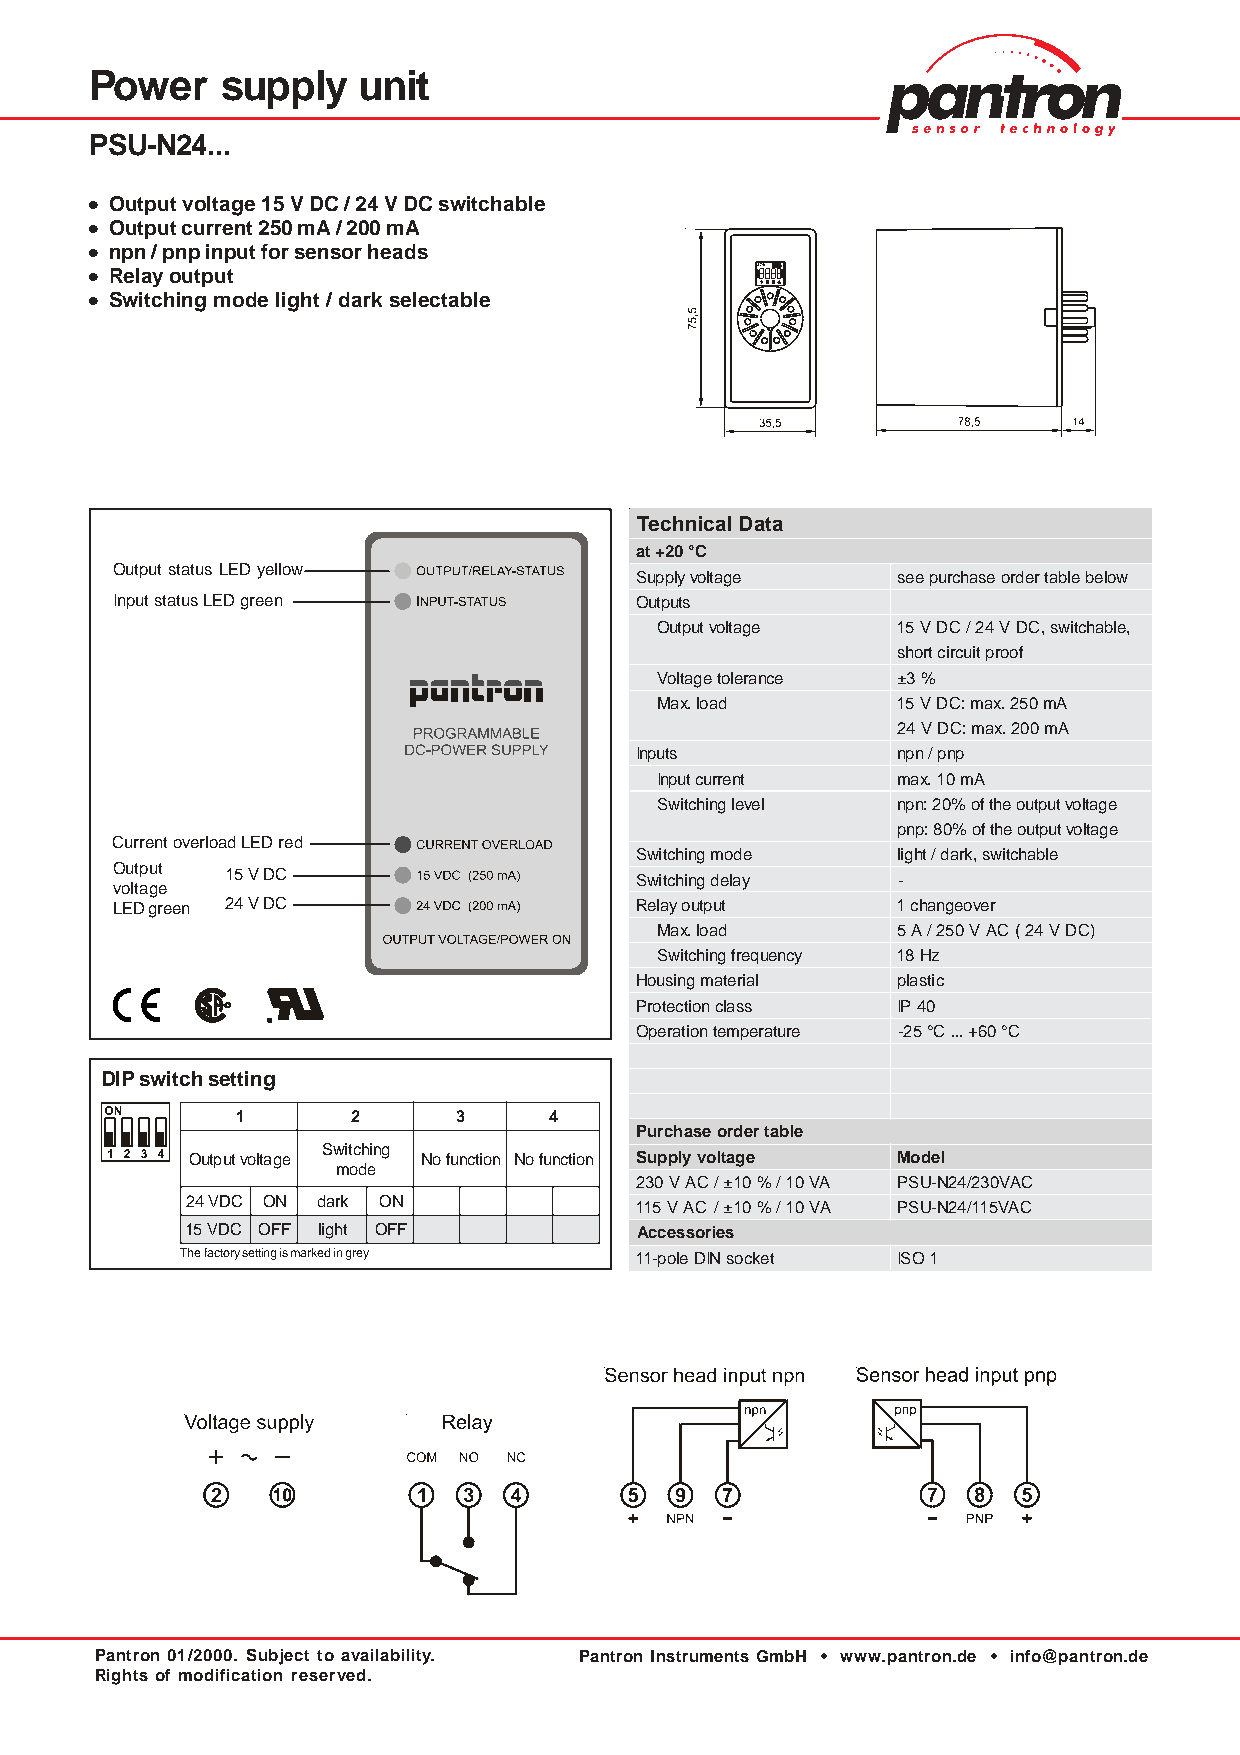
Power    supply   unit
 PSU-N24...
 ••••• Output voltage 15 V DC / 24 V DC switchable
 ••••• Output current 250 mA / 200 mA
 ••••• npn / pnp input for sensor heads
 ••••• Relay output
 ••••• Switching mode light / dark selectable
 TechnicalData
 at+20°C
 Output status LED yellow
 Supplyvoltage    seepurchaseordertablebelow
 Input status LED green             Outputs
 Outputvoltage   15VDC/24VDC,switchable,
 shortcircuitproof
 Voltagetolerance ±3%
 Max.load        15VDC:max.250mA
 24VDC:max.200mA
 Inputs           npn/pnp
 Inputcurrent    max.10mA
 Switchinglevel  npn:20%oftheoutputvoltage
 pnp:80%oftheoutputvoltage
 Current overload LED red
 Switchingmode    light/dark,switchable
 Output  15 V DC                    Switchingdelay   -
 voltage
 LED green 24 V DC                  Relayoutput      1changeover
 Max.load        5A/250VAC(24VDC)
 Switchingfrequency 18Hz
 Housingmaterial  plastic
 Protectionclass  IP40
 Operationtemperature -25°C...+60°C
 DIP switch setting
 1      2      3     4
 Purchaseordertable
 Switching
 Outputvoltage   Nofunction Nofunction Supplyvoltage Model
 mode
 230VAC/±10%/10VA PSU-N24/230VAC
 24VDC ON dark ON              115VAC /±10%/10VA PSU-N24/115VAC
 15VDC OFF light OFF           Accessories
 The factory setting is marked in grey 11-poleDINsocket ISO1
 Pantron 01/2000. Subject to availability. Pantron Instruments GmbH • www.pantron.de • info@pantron.de
 Rights of modification reserved.